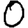
Digit: 0